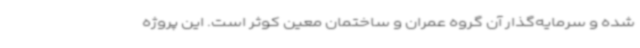
شده و سرمایه‌گذار آن گروه عمران و ساختمان معین کوثر است. این پروژه